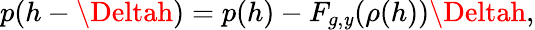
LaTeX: p(h-\Deltah)=p(h)-F_{g,\mathit{y}}(\rho(h))\Deltah,